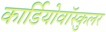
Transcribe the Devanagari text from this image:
कार्डियोवॉस्कुलर